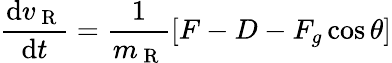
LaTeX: \frac{\mathrm{d}v_{\mathrm{~R~}}}{\mathrm{d}t}=\frac{1}{m_{\mathrm{~R~}}}[F-D-F_{g}\cos{\theta}]